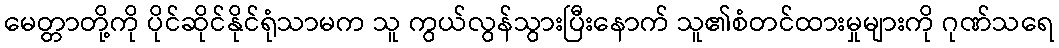
မေတ္တာတို့ကို ပိုင်ဆိုင်နိုင်ရုံသာမက သူ ကွယ်လွန်သွားပြီးနောက် သူ၏စံတင်ထားမှုများကို ဂုဏ်သရေ